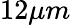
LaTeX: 12\mu m